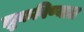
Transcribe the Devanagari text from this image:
झुकविण्यात